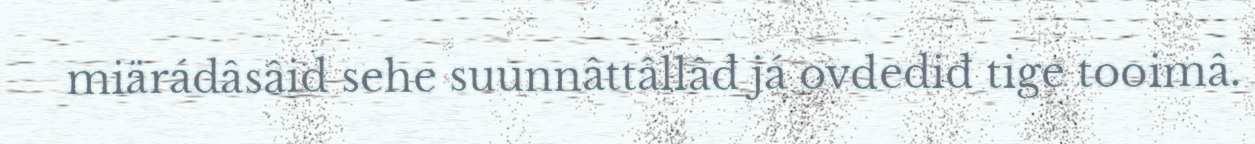
miärádâsâid sehe suunnâttâllâđ já ovdediđ tige tooimâ.